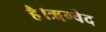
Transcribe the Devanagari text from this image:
है।ॠग्वेद